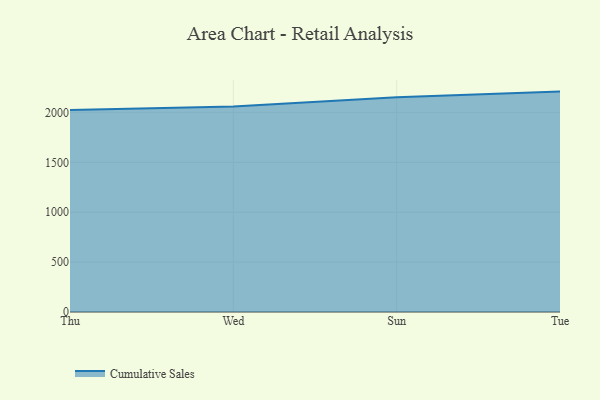
{"axis": {"x": "Day", "y": "Budget (USD K)"}, "legend": ["Cumulative Sales"], "data": [{"x": "Thu", "y": 2023.9, "type": "Cumulative Sales"}, {"x": "Wed", "y": 2058.0, "type": "Cumulative Sales"}, {"x": "Sun", "y": 2151.5, "type": "Cumulative Sales"}, {"x": "Tue", "y": 2208.4, "type": "Cumulative Sales"}]}